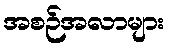
အစဉ်အလာများ